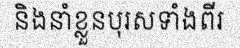
និងនាំខ្លួនបុរសទាំងពីរ